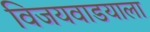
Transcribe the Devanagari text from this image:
विजयवाडयाला